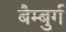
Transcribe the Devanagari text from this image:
बैम्बुर्ग